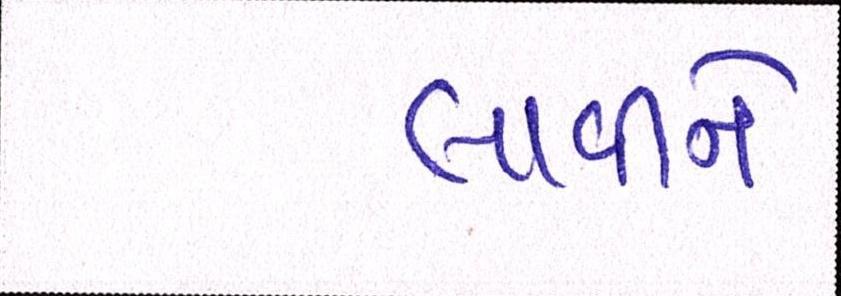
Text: લાવીને